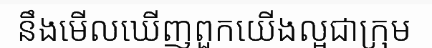
នឹងមើលឃើញពួកយើងល្អជាក្រុម